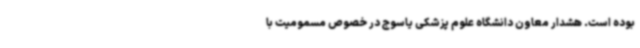
بوده است. هشدار معاون دانشگاه علوم پزشکی یاسوج در خصوص مسمومیت با